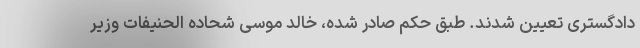
دادگستری تعیین شدند. طبق حکم صادر شده، خالد موسی شحاده الحنیفات وزیر